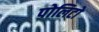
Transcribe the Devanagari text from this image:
पोलिटो